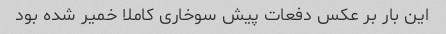
این بار بر عکس دفعات پیش سوخاری کاملا خمیر شده بود